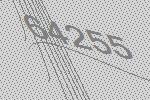
64255